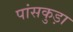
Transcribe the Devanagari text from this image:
पांसकुड़ा